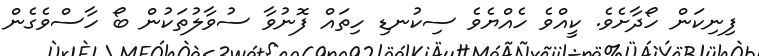
ފިނިކަން ހޯދާށެވެ. ކީއްވެ ހެއްޔެވެ ސިކުނޑި ހިތައް ފޮނުވާ ސުވާލުތަކުން ބޯ ހާސްވެގެން